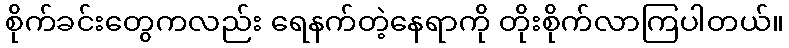
စိုက်ခင်းတွေကလည်း ရေနက်တဲ့နေရာကို တိုးစိုက်လာကြပါတယ်။